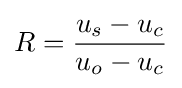
R={\frac {u_{s}-u_{c}}{u_{o}-u_{c}}}